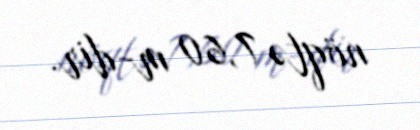
nöqtə 7,60 m-dir.